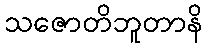
သဇောတိဘူတာနိ